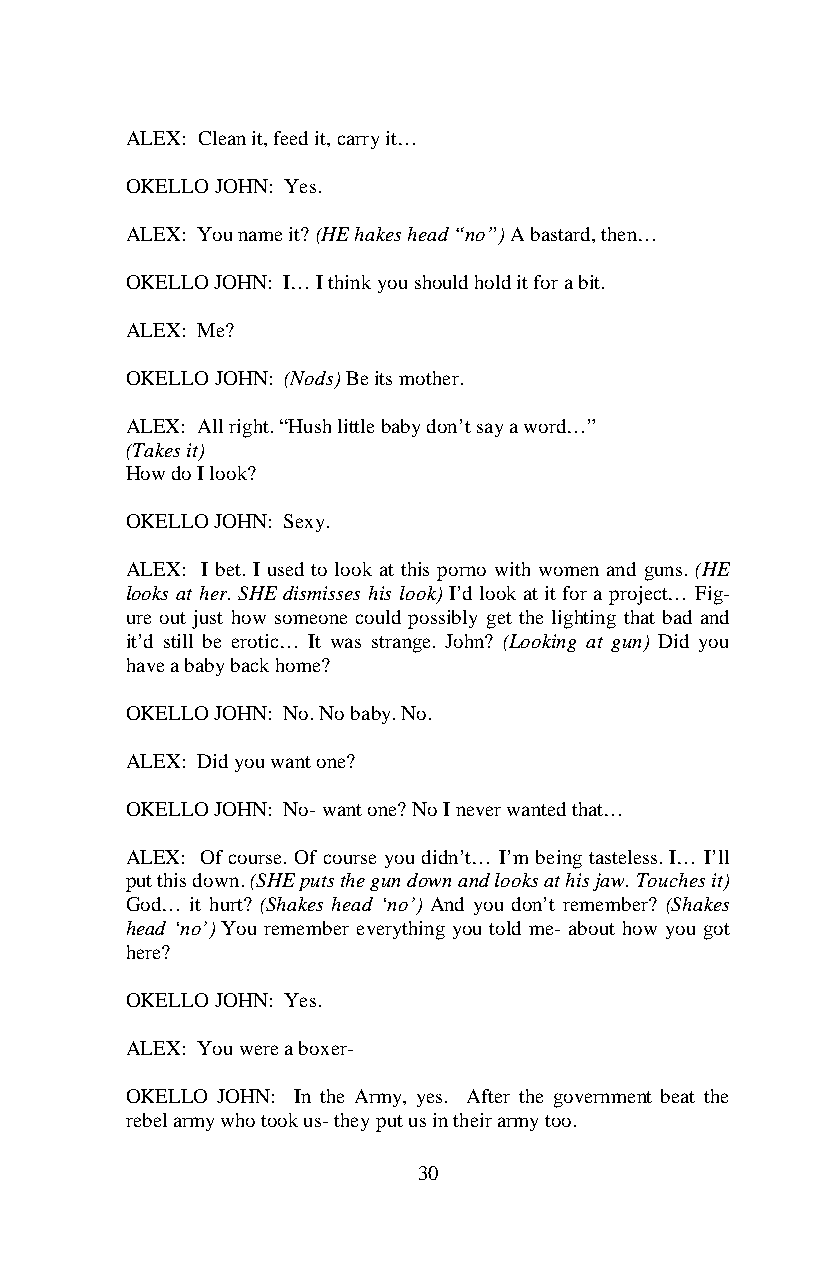
ALEX: Clean it, feed it, carry it…
 OKELLO JOHN: Yes.
 ALEX: You name it? (HE hakes head “no”) A bastard, then…
 OKELLO JOHN: I… I think you should hold it for a bit.
 ALEX: Me?
 OKELLO JOHN: (Nods) Be its mother.
 ALEX: All right. “Hush little baby don’t say a word…”
 (Takes it)
 How do I look?
 OKELLO JOHN: Sexy.
 ALEX: I bet. I used to look at this porno with women and guns. (HE
 looks at her. SHE dismisses his look) I’d look at it for a project… Fig-
 ure out just how someone could possibly get the lighting that bad and
 it’d still be erotic… It was strange. John? (Looking at gun) Did you
 have a baby back home?
 OKELLO JOHN: No. No baby. No.
 ALEX: Did you want one?
 OKELLO JOHN: No- want one? No I never wanted that…
 ALEX: Of course. Of course you didn’t… I’m being tasteless. I… I’ll
 put this down. (SHE puts the gun down and looks at his jaw. Touches it)
 God… it hurt? (Shakes head ‘no’) And you don’t remember? (Shakes
 head ‘no’) You remember everything you told me- about how you got
 here?
 OKELLO JOHN: Yes.
 ALEX: You were a boxer-
 OKELLO JOHN: In the Army, yes. After the government beat the
 rebel army who took us- they put us in their army too.
 30